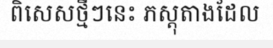
ពិសេសថ្មីៗនេះ ភស្តុតាងដែល